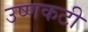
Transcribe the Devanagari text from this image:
उष्णकटी